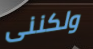
ولكننى